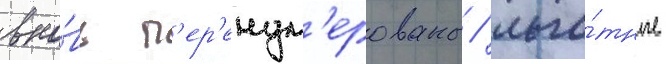
вно́вь п'ер'енум'ерованы / льго́тные